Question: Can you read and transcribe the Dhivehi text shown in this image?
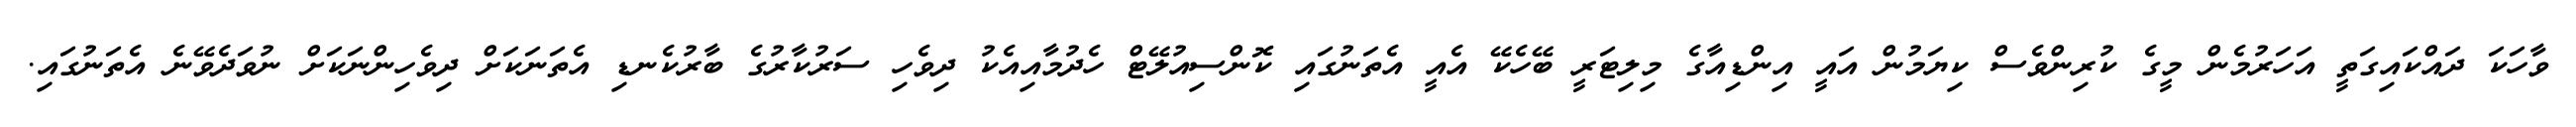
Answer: ވާހަކަ ދައްކައިގަތީ އަހަރުމެން މީގެ ކުރިންވެސް ކިޔަމުން އައީ އިންޑިއާގެ މިލިޓަރީ ބޭހެކޭ އެއީ އެތަނުގައި ކޮންސިއުލޭޓް ހެދުމާއިއެކު ދިވެހި ސަރުކާރުގެ ބާރުކެނޑި އެތަނަކަށް ދިވެހިންނަކަށް ނުވަދެވޭނެ އެތަނުގައި.